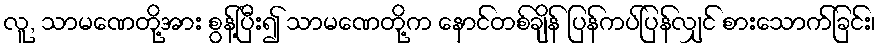
လူ, သာမဏေတို့အား စွန့်ပြီး၍ သာမဏေတို့က နောင်တစ်ချိန် ပြန်ကပ်ပြန်လျှင် စားသောက်ခြင်း၊